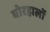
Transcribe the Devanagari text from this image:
बोरहालों